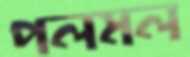
পলমল